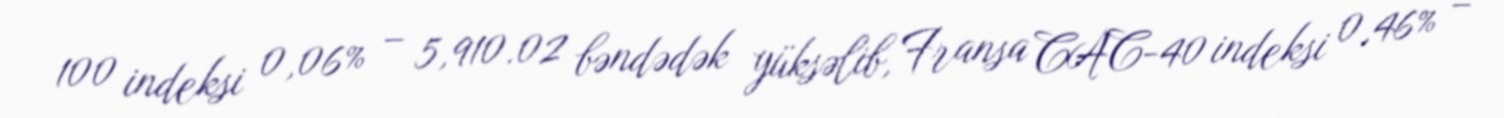
100 indeksi 0,06% – 5,910.02 bəndədək yüksəlib, Fransa CAC-40 indeksi 0,46% –